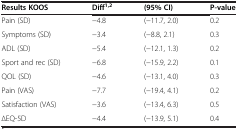
<table><thead><tr><td><b>Results KOOS</b></td><td><b>Diff<sup>1,2</sup></b></td><td><b>(95% CI)</b></td><td><b>P-value</b></td></tr></thead><tbody><tr><td>Pain (SD)</td><td>-4.8</td><td>(-11.7, 2.0)</td><td>0.2</td></tr><tr><td>Symptoms (SD)</td><td>-3.4</td><td>(-8.8, 2.1)</td><td>0.3</td></tr><tr><td>ADL (SD)</td><td>-5.4</td><td>(-12.1, 1.3)</td><td>0.2</td></tr><tr><td>Sport and rec (SD)</td><td>-6.8</td><td>(-15.9, 2.2)</td><td>0.1</td></tr><tr><td>QOL (SD)</td><td>-4.6</td><td>(-13.1, 4.0)</td><td>0.3</td></tr><tr><td>Pain (VAS)</td><td>-7.7</td><td>(-19.4, 4.1)</td><td>0.2</td></tr><tr><td>Satisfaction (VAS)</td><td>-3.6</td><td>(-13.4, 6.3)</td><td>0.5</td></tr><tr><td>∆EQ-5D</td><td>-4.4</td><td>(-13.9, 5.1)</td><td>0.4</td></tr></tbody></table>